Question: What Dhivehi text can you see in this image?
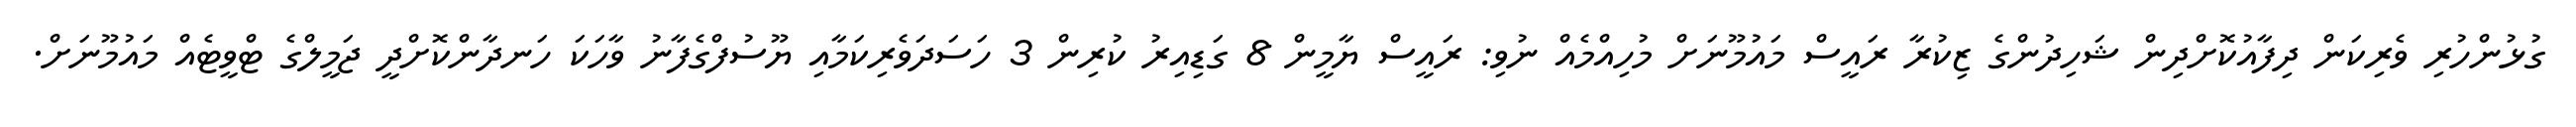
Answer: ގުޅުންހުރި ވެރިކަން ދިފާއުކޮށްދިން ޝަހިދުންގެ ޒިކުރާ ރައީސް މައުމޫނަށް މުހިއްމެއް ނުވި: ރައީސް ޔާމީން 8 ގަޑިއިރު ކުރިން 3 ހަސަދަވެރިކަމާއި ޔޫސުފްގެފާނު ވާހަކަ ހަނދާންކޮށްދީ ޖަމީލްގެ ޓްވީޓެއް މައުމޫނަށް.